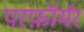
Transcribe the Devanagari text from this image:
परफ़ॉर्मर